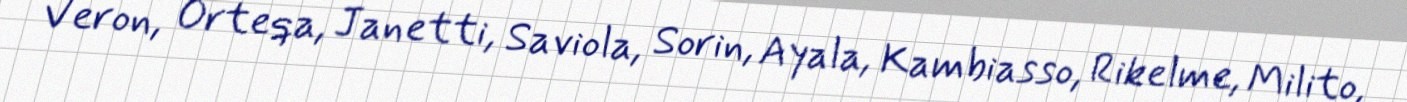
Veron, Orteqa, Janetti, Saviola, Sorin, Ayala, Kambiasso, Rikelme, Milito,